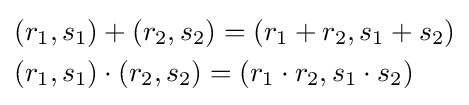
{\begin{aligned}&(r_{1},s_{1})+(r_{2},s_{2})=(r_{1}+r_{2},s_{1}+s_{2})\\&(r_{1},s_{1})\cdot (r_{2},s_{2})=(r_{1}\cdot r_{2},s_{1}\cdot s_{2})\end{aligned}}